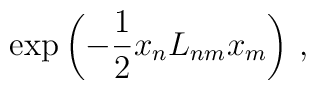
\exp \left({- \frac{1}{2} x_n L_{nm} x_m} \right)\, ,